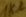
Text: 1kΩ